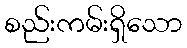
စည်းကမ်းရှိသော